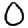
Digit: 0